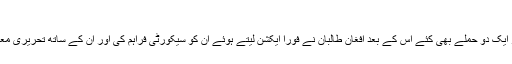
شیعہ کمیونٹی کی حفاظت
کئی ماہ پہلے داعش نے جب افغانستان میں شیعہ ہزارہ کمیونٹی کو دھمکی دی اور ایک دو حملے بھی کئے اس کے بعد افغان طالبان نے فوراً ایکشن لیتے ہوئے ان کو سیکورٹی فراہم کی اور ان کے ساتھ تحریری معاہدہ کیا جو کہ سوشل میڈیا کے ساتھ ساتھ بین الاقوامی میڈیا میں بھی زیربحث رہا۔